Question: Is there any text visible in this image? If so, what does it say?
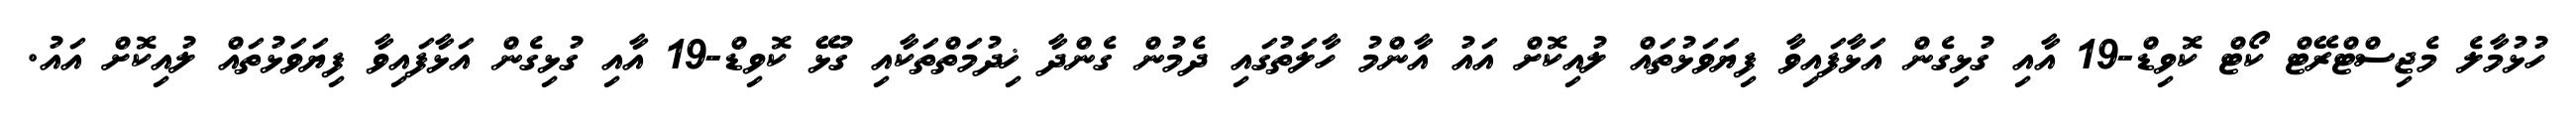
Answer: ހުޅުމާލެ މެޖިސްޓްރޭޓް ކޯޓް ކޮވިޑް-19 އާއި ގުޅިގެން އަޅާފައިވާ ފިޔަވަޅުތައް ލުއިކޮށް އައު އާންމު ހާލަތުގައި ދެމުން ގެންދާ ޚިދުމަތްތަކާއި ގުޅޭ ކޮވިޑް-19 އާއި ގުޅިގެން އަޅާފައިވާ ފިޔަވަޅުތައް ލުއިކޮށް އައު.